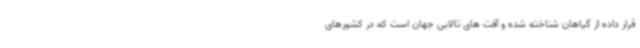
قرار داده از گیاهان شناخته شده و آفت های تالابی جهان است که در کشورهای